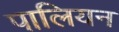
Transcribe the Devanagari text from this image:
पालियन